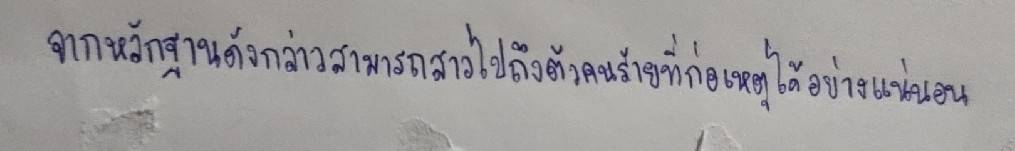
จากหลักฐานดังกล่าวสามารถสาวไปถึงตัวคนร้ายที่ก่อเหตุได้อย่างแน่นอน